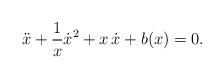
LaTeX: \begin{align*}\ddot{x}+\frac{1}{x}\dot{x}^2+x\,\dot{x}+b(x)=0.\end{align*}